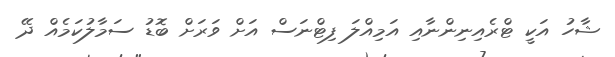
ޝާހު އަކީ ޓްރެއިނިންނާއި އަމިއްލަ ފިޓްނަސް އަށް ވަރަށް ބޮޑު ސަމާލުކަމެއް ދޭ